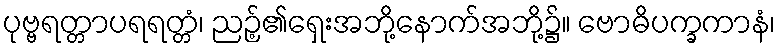
ပုဗ္ဗရတ္တာပရရတ္တံ၊ ညဉ့်၏ရှေးအဘို့နောက်အဘို့၌။ ဗောဓိပက္ခကာနံ၊